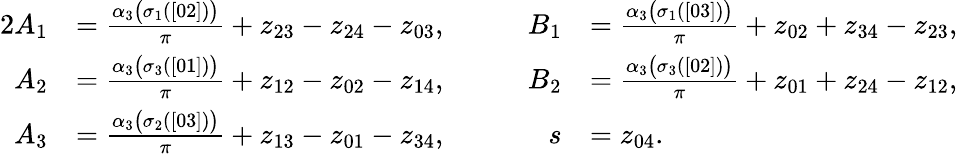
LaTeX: \begin{array}{rlrl}{{2}A_{1}}&{=\frac{\alpha_{3}\bigl(\sigma_{1}([02])\bigr)}{\pi}+z_{23}-z_{24}-z_{03},}&{\qquad B_{1}}&{=\frac{\alpha_{3}\bigl(\sigma_{1}([03])\bigr)}{\pi}+z_{02}+z_{34}-z_{23},}\\ {A_{2}}&{=\frac{\alpha_{3}\bigl(\sigma_{3}([01])\bigr)}{\pi}+z_{12}-z_{02}-z_{14},}&{\qquad B_{2}}&{=\frac{\alpha_{3}\bigl(\sigma_{3}([02])\bigr)}{\pi}+z_{01}+z_{24}-z_{12},}\\ {A_{3}}&{=\frac{\alpha_{3}\bigl(\sigma_{2}([03])\bigr)}{\pi}+z_{13}-z_{01}-z_{34},}&{\qquad s}&{=z_{04}.}\end{array}